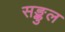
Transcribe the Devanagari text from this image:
सङ्कुल